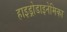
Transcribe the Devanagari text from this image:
हाइड्रोडाइनेमिका